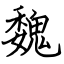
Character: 魏